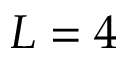
L = 4